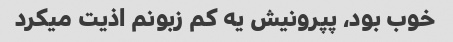
خوب بود، پپرونیش یه کم زبونم اذیت میکرد